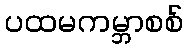
ပထမကမ္ဘာစစ်